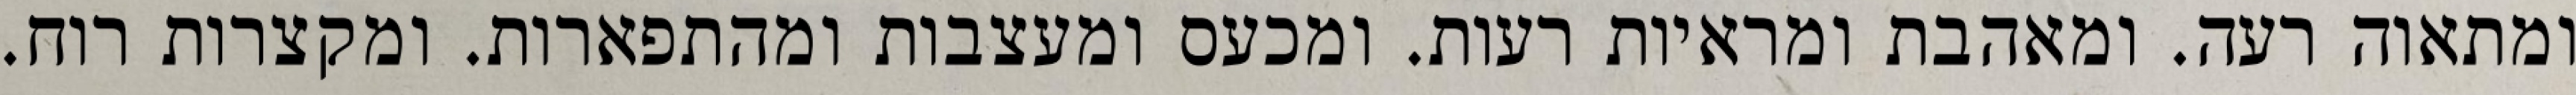
ומתאוה רעה. ומאהבת ומראיות רעות. ומכעס ומעצבות ומהתפארות. ומקצרות רוח.